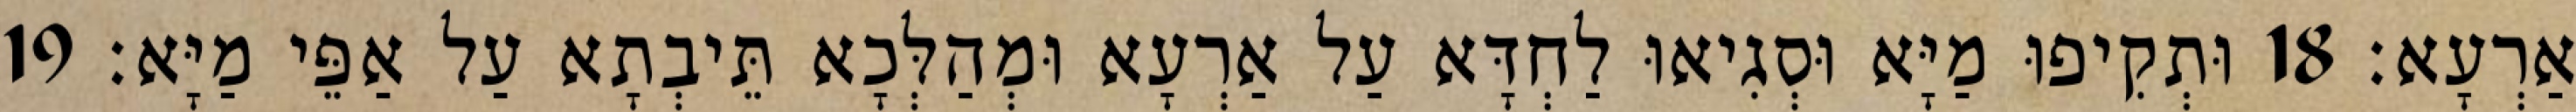
אַרְעָא׃ 18 וּתְקִיפוּ מַיָּא וּסְגִיאוּ לַחְדָּא עַל אַרְעָא וּמְהַלְּכָא תֵּיבְתָא עַל אַפֵּי מַיָּא׃ 19